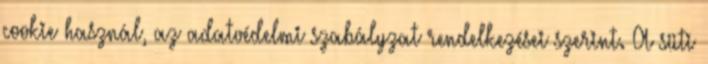
cookie használ, az adatvédelmi szabályzat rendelkezései szerint. A süti